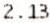
2.13